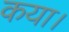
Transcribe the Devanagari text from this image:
कया।